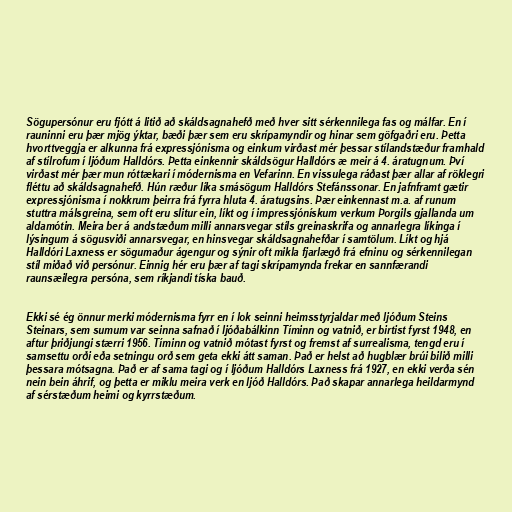
Sögupersónur eru fjótt á litið að skáldsagnahefð með hver sitt sérkennilega fas og málfar. En í
rauninni eru þær mjög ýktar, bæði þær sem eru skrípamyndir og hinar sem göfgaðri eru. Þetta
hvorttveggja er alkunna frá expressjónisma og einkum virðast mér þessar stílandstæður framhald
af stílrofum í ljóðum Halldórs. Þetta einkennir skáldsögur Halldórs æ meir á 4. áratugnum. Því
virðast mér þær mun róttækari í módernisma en Vefarinn. En vissulega ráðast þær allar af röklegri
fléttu að skáldsagnahefð. Hún ræður líka smásögum Halldórs Stefánssonar. En jafnframt gætir
expressjónisma í nokkrum þeirra frá fyrra hluta 4. áratugsins. Þær einkennast m.a. af runum
stuttra málsgreina, sem oft eru slitur ein, líkt og í impressjónískum verkum Þorgils gjallanda um
aldamótin. Meira ber á andstæðum milli annarsvegar stíls greinaskrifa og annarlegra líkinga í
lýsingum á sögusviði annarsvegar, en hinsvegar skáldsagnahefðar í samtölum. Líkt og hjá
Halldóri Laxness er sögumaður ágengur og sýnir oft mikla fjarlægð frá efninu og sérkennilegan
stíl miðað við persónur. Einnig hér eru þær af tagi skrípamynda frekar en sannfærandi
raunsæilegra persóna, sem ríkjandi tíska bauð.

Ekki sé ég önnur merki módernisma fyrr en í lok seinni heimsstyrjaldar með ljóðum Steins
Steinars, sem sumum var seinna safnað í ljóðabálkinn Tíminn og vatnið, er birtist fyrst 1948, en
aftur þriðjungi stærri 1956. Tíminn og vatnið mótast fyrst og fremst af surrealisma, tengd eru í
samsettu orði eða setningu orð sem geta ekki átt saman. Það er helst að hugblær brúi bilið milli
þessara mótsagna. Það er af sama tagi og í ljóðum Halldórs Laxness frá 1927, en ekki verða sén
nein bein áhrif, og þetta er miklu meira verk en ljóð Halldórs. Það skapar annarlega heildarmynd
af sérstæðum heimi og kyrrstæðum.